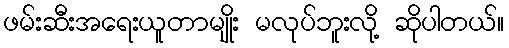
ဖမ်းဆီးအရေးယူတာမျိုး မလုပ်ဘူးလို့ ဆိုပါတယ်။